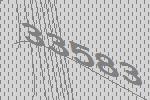
33583